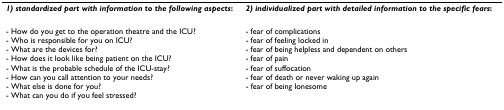
<table><thead><tr><td><b><i>1) standardized part with information to the following aspects</i>:</b></td><td><b><i>2) individualized part with detailed information to the specific fears</i>:</b></td></tr></thead><tbody><tr><td>- How do you get to the operation theatre and the ICU?- Who is responsible for you on ICU?- What are the devices for?- How does it look like being patient on the ICU?- What is the probable schedule of the ICU-stay?- How can you call attention to your needs?- What else is done for you?- What can you do if you feel stressed?</td><td>- fear of complications- fear of feeling locked in- fear of being helpless and dependent on others- fear of pain- fear of suffocation- fear of death or never waking up again- fear of being lonesome</td></tr></tbody></table>